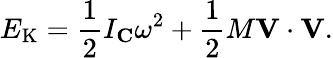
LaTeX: E_{\mathrm{K}}={\frac{1}{2}}I_{\mathbf{C}}\omega^{2}+{\frac{1}{2}}M\mathbf{V}\cdot\mathbf{V}.